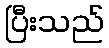
ပြီးသည်